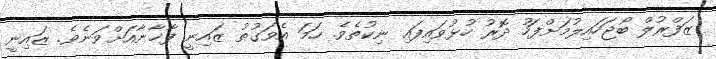
ޒަފްރުލް ބޯޖަހައިލުމަށްފަހު ދޮރު ހުޅުވައިފައި ނިކުތެވެ. ހަމަ އެވަގުތު ޒައިނީ ފާޚާނާއަށްވަނެވެ. ޒައިނީ